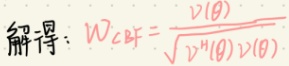
解得：\(W_{CBF}=\frac{v(\theta)}{\sqrt{v^{H}(\theta)v(\theta)}}\)